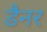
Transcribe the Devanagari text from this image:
डैनर